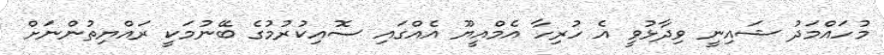
މުހައްމަދު ޝައިނީ ވިދާޅުވީ އެ ހުރިހާ އެމްއީޔޫ އެއްގައި ސޮއިކުރުމުގެ ބޭނުމަކީ ރައްޔިތުންނަށް